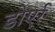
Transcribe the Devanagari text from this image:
डोएर्र